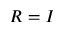
R = I